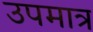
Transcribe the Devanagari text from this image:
उपमात्र